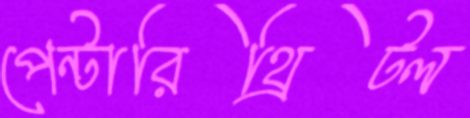
পেন্টারিথ্রিটল